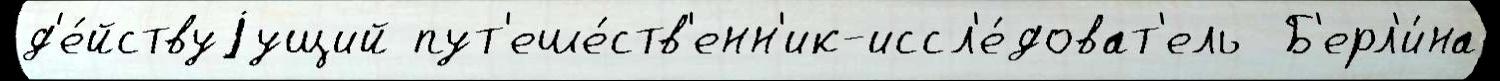
д'е́йствуjущий пут'еше́ств'енн'ик-иссл'е́доват'ель  Б'ерл'и́на